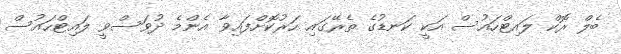
ބެލް ރޮކް ލައިޓްހައުސް އަކީ ކަނޑުގެ ތެރޭގައި ހަރުކޮށްފައިވާ އެންމެ ދުވަސްވީ ލައިޓްހައުސް